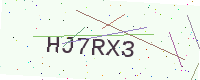
Text: HJ7RX3